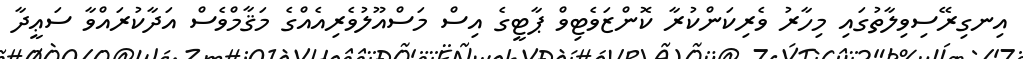
އިނގިރޭސިވިލާތުގައި މިހާރު ވެރިކަންކުރާ ކޮންޒަވެޓިވް ޕާޓީގެ އިސް މަސްއޫލުވެރިއެއްގެ މަޤާމްވެސް އަދާކުރައްވާ ސަޢީދާ